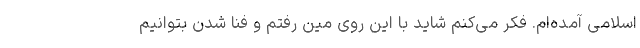
اسلامی آمده‌ام. فکر می‌کنم شاید با این روی مین رفتم و فنا شدن بتوانیم